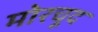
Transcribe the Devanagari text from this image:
मोरचूद